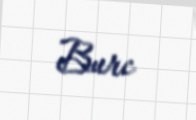
Burc